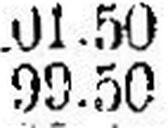
99.50